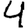
Digit: 4